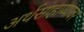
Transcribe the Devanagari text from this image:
अर्थसाहाय्यावर